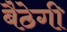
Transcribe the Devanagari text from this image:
बैठेगी